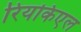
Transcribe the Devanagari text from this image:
रियकिएल